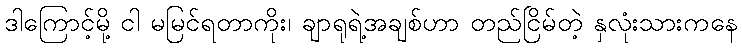
ဒါကြောင့်မို့ ငါ မမြင်ရတာကိုး၊ ချာရုရဲ့အချစ်ဟာ တည်ငြိမ်တဲ့ နှလုံးသားကနေ